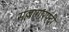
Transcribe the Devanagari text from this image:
सल्लागारपदी